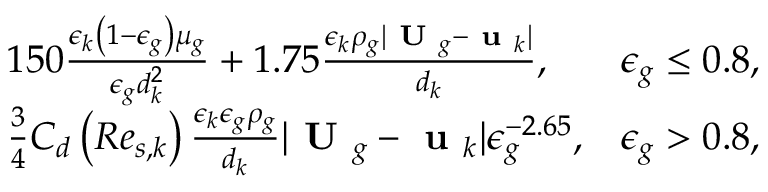
\begin{array} { r l r } & { 1 5 0 \frac { \epsilon _ { k } \left( 1 - \epsilon _ { g } \right) \mu _ { g } } { \epsilon _ { g } d _ { k } ^ { 2 } } + 1 . 7 5 \frac { \epsilon _ { k } \rho _ { g } | \textbf { U } _ { g } - \textbf { u } _ { k } | } { d _ { k } } , } & { \epsilon _ { g } \le 0 . 8 , } \\ & { \frac { 3 } { 4 } C _ { d } \left( R e _ { s , k } \right) \frac { \epsilon _ { k } \epsilon _ { g } \rho _ { g } } { d _ { k } } | \textbf { U } _ { g } - \textbf { u } _ { k } | \epsilon _ { g } ^ { - 2 . 6 5 } , } & { \epsilon _ { g } > 0 . 8 , } \end{array}